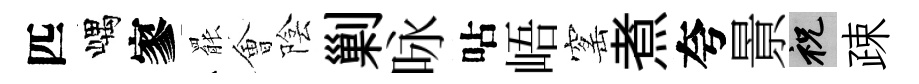
匹嵎寥罷㑹陰剿咏呫峿窰煮夸㬌祝疎